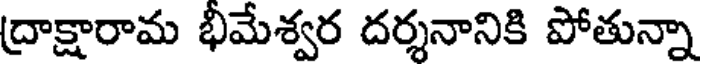
ద్రాక్షారామ భీమేశ్వర దర్శనానికి పోతున్నా